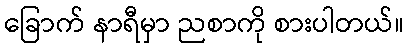
ခြောက် နာရီမှာ ညစာကို စားပါတယ်။